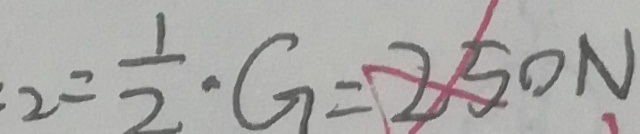
2 = \frac { 1 } { 2 } \cdot G = 2 5 0 N